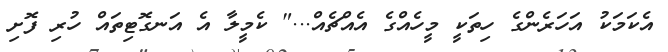
އެކަމަކު އަހަރެންގެ ހިތަކީ މީހެއްގެ އެއްޗެއް..." ކެމީލާ އެ އަނގޮޓިތައް ހުރި ފޮށި